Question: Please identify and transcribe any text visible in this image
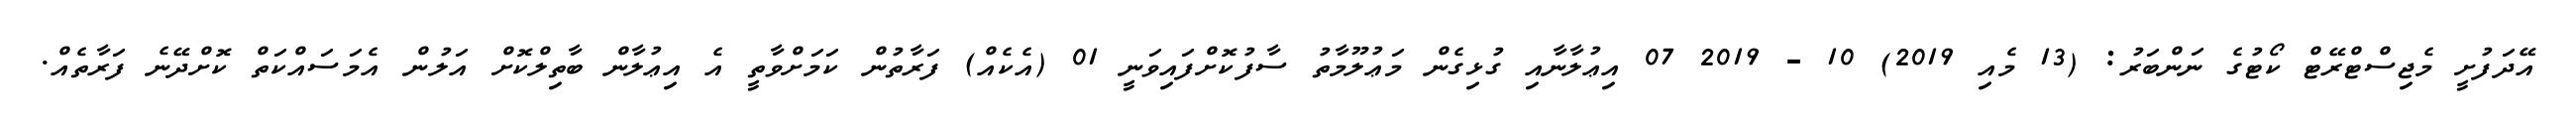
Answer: އޭދަފުށީ މެޖިސްޓްރޭޓް ކޯޓުގެ ނަންބަރު: (13 މެއި 2019) 10 - 2019 07 އިޢުލާނާއި ގުޅިގެން މަޢުލޫމާތު ސާފުކޮށްފައިވަނީ 01 (އެކެއް) ފަރާތުން ކަމަށްވާތީ އެ އިޢުލާން ބާތިލްކޮށް އަލުން އެމަސައްކަތް ކޮށްދޭނެ ފަރާތެއް.